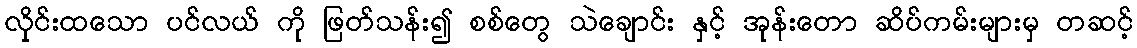
လိုှင်းထသော ပင်လယ် ကို ဖြတ်သန်း၍ စစ်တွေ သဲချောင်း နှင့် အုန်းတော ဆိပ်ကမ်းများမှ တဆင့်